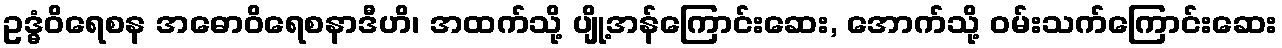
ဥဒ္ဓံဝိရေစန အဓောဝိရေစနာဒီဟိ၊ အထက်သို့ ပျို့အန်ကြောင်းဆေး, အောက်သို့ ဝမ်းသက်ကြောင်းဆေး